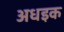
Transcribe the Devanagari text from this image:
अधइक